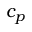
c _ { p }